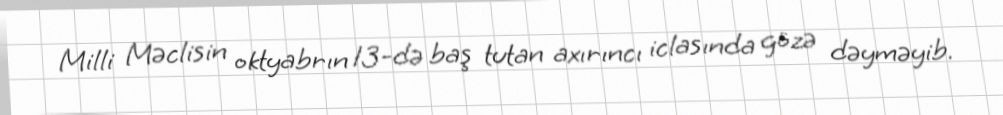
Milli Məclisin oktyabrın 13-də baş tutan axırıncı iclasında gözə dəyməyib.